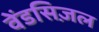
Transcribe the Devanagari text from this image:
वेंडसिज़ल